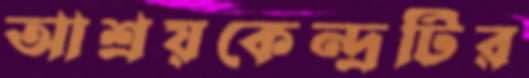
আশ্রয়কেন্দ্রটির